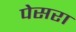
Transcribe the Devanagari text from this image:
पेसरा